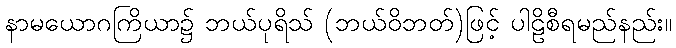
နာမယောဂကြိယာ၌ ဘယ်ပုရိသ် (ဘယ်ဝိဘတ်)ဖြင့် ပါဠိစီရမည်နည်း။